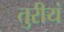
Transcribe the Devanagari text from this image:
तुरीयं